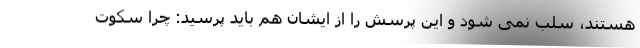
هستند، سلب نمی شود و این پرسش را از ایشان هم باید پرسید: چرا سکوت